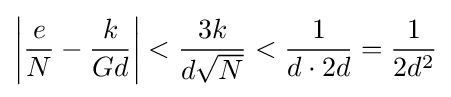
\left\vert {\frac {e}{N}}-{\frac {k}{Gd}}\right\vert <{\frac {3k}{d{\sqrt {N}}}}<{\frac {1}{d\cdot 2d}}={\frac {1}{2d^{2}}}